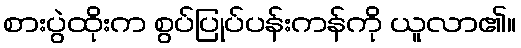
စားပွဲထိုးက စွပ်ပြုပ်ပန်းကန်ကို ယူလာ၏။